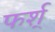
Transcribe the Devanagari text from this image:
फर्श्